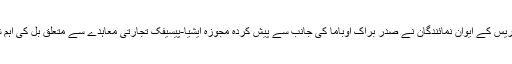
واشنگٹن — امریکی کانگریس کے ایوانِ نمائندگان نے صدر براک اوباما کی جانب سے پیش کردہ مجوزہ ایشیا-پیسیفک تجارتی معاہدے سے متعلق بِل کی اہم شقوں کو مسترد کردیا ہے۔